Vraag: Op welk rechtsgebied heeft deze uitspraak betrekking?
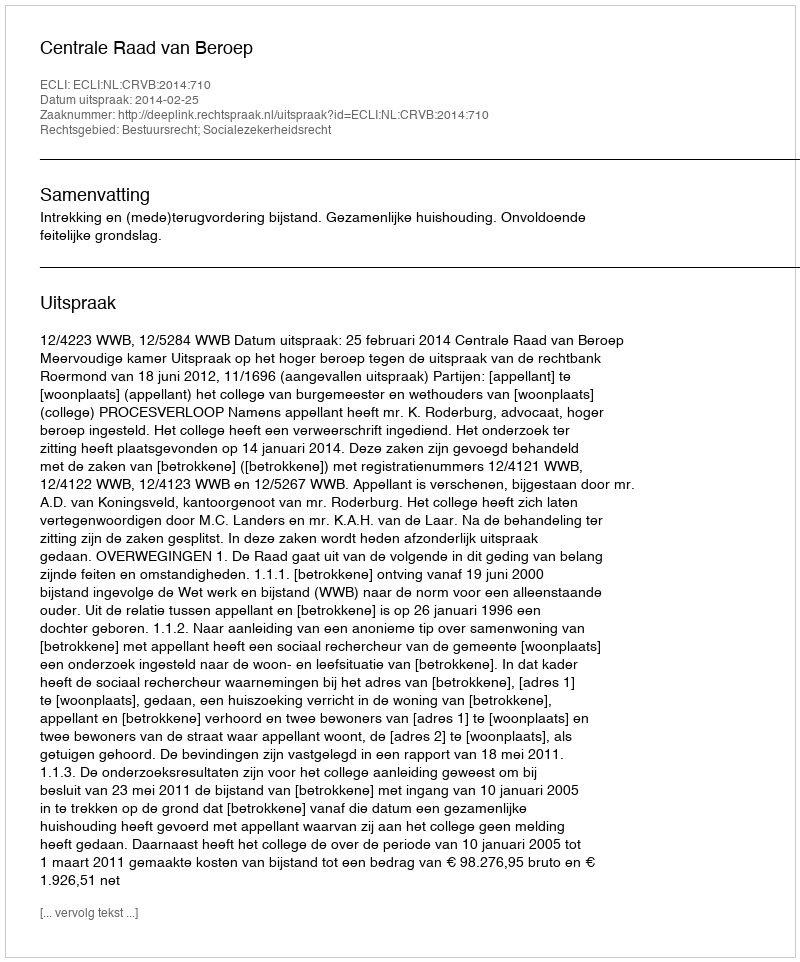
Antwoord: Bestuursrecht; Socialezekerheidsrecht